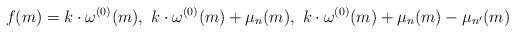
LaTeX: \begin{align*}f(m)=k\cdot\omega^{(0)}(m), \ k\cdot\omega^{(0)}(m)+\mu_n(m),\ k\cdot\omega^{(0)}(m)+\mu_n(m)-\mu_{n'}(m)\end{align*}